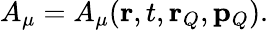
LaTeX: A_{\mu}=A_{\mu}({\mathbf r},t,{\mathbf r}_{Q},{\mathbf p}_{Q}).